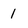
Character: 1